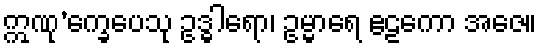
ဣဏု’က္ခေပေသု ဥဒ္ဓါရော၊ ဥမ္မာရေ ဧဠကော အဇေ။